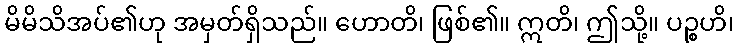
မိမိသိအပ်၏ဟု အမှတ်ရှိသည်။ ဟောတိ၊ ဖြစ်၏။ ဣတိ၊ ဤသို့။ ပဉ္စဟိ၊